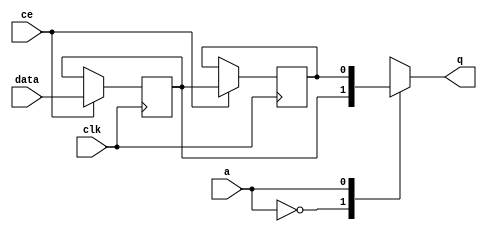
// This program was cloned from: https://github.com/zainryan/INSIDER-System
// License: MIT License

// ==============================================================
// File generated by Vivado(TM) HLS - High-Level Synthesis from C, C++ and SystemC
// Version: 2017.4.op
// Copyright (C) 1986-2018 Xilinx, Inc. All Rights Reserved.
// 
// ==============================================================


`timescale 1 ns / 1 ps

module start_for_pcie_read_throttle_unit_U0_shiftReg (
    clk,
    data,
    ce,
    a,
    q);

parameter DATA_WIDTH = 32'd1;
parameter ADDR_WIDTH = 32'd1;
parameter DEPTH = 32'd2;

input clk;
input [DATA_WIDTH-1:0] data;
input ce;
input [ADDR_WIDTH-1:0] a;
output [DATA_WIDTH-1:0] q;

reg[DATA_WIDTH-1:0] SRL_SIG [0:DEPTH-1];
integer i;

always @ (posedge clk)
    begin
        if (ce)
        begin
            for (i=0;i<DEPTH-1;i=i+1)
                SRL_SIG[i+1] <= SRL_SIG[i];
            SRL_SIG[0] <= data;
        end
    end

assign q = SRL_SIG[a];

endmodule

module start_for_pcie_read_throttle_unit_U0 (
    clk,
    reset,
    if_empty_n,
    if_read_ce,
    if_read,
    if_dout,
    if_full_n,
    if_write_ce,
    if_write,
    if_din);

parameter MEM_STYLE   = "auto";
parameter DATA_WIDTH  = 32'd1;
parameter ADDR_WIDTH  = 32'd1;
parameter DEPTH       = 32'd2;

input clk;
input reset;
output if_empty_n;
input if_read_ce;
input if_read;
output[DATA_WIDTH - 1:0] if_dout;
output if_full_n;
input if_write_ce;
input if_write;
input[DATA_WIDTH - 1:0] if_din;

wire[ADDR_WIDTH - 1:0] shiftReg_addr ;
wire[DATA_WIDTH - 1:0] shiftReg_data, shiftReg_q;
wire                     shiftReg_ce;
reg[ADDR_WIDTH:0] mOutPtr = {(ADDR_WIDTH+1){1'b1}};
reg internal_empty_n = 0, internal_full_n = 1;

assign if_empty_n = internal_empty_n;
assign if_full_n = internal_full_n;
assign shiftReg_data = if_din;
assign if_dout = shiftReg_q;

always @ (posedge clk) begin
    if (reset == 1'b1)
    begin
        mOutPtr <= ~{ADDR_WIDTH+1{1'b0}};
        internal_empty_n <= 1'b0;
        internal_full_n <= 1'b1;
    end
    else begin
        if (((if_read & if_read_ce) == 1 & internal_empty_n == 1) && 
            ((if_write & if_write_ce) == 0 | internal_full_n == 0))
        begin
            mOutPtr <= mOutPtr - 1;
            if (mOutPtr == 0)
                internal_empty_n <= 1'b0;
            internal_full_n <= 1'b1;
        end 
        else if (((if_read & if_read_ce) == 0 | internal_empty_n == 0) && 
            ((if_write & if_write_ce) == 1 & internal_full_n == 1))
        begin
            mOutPtr <= mOutPtr + 1;
            internal_empty_n <= 1'b1;
            if (mOutPtr == DEPTH - 2)
                internal_full_n <= 1'b0;
        end 
    end
end

assign shiftReg_addr = mOutPtr[ADDR_WIDTH] == 1'b0 ? mOutPtr[ADDR_WIDTH-1:0]:{ADDR_WIDTH{1'b0}};
assign shiftReg_ce = (if_write & if_write_ce) & internal_full_n;

start_for_pcie_read_throttle_unit_U0_shiftReg 
#(
    .DATA_WIDTH(DATA_WIDTH),
    .ADDR_WIDTH(ADDR_WIDTH),
    .DEPTH(DEPTH))
U_start_for_pcie_read_throttle_unit_U0_ram (
    .clk(clk),
    .data(shiftReg_data),
    .ce(shiftReg_ce),
    .a(shiftReg_addr),
    .q(shiftReg_q));

endmodule